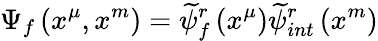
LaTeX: \Psi_{f}\left(x^{\mu},x^{m}\right)=\widetilde{\psi}_{f}^{r}\left(x^{\mu}\right)\widetilde{\psi}_{int}^{r}\left(x^{m}\right)